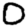
Digit: 0